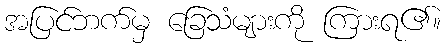
အပြင်ဘက်မှ ခြေသံများကို ကြားရ၏။